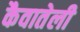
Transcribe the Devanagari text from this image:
कैवातेली